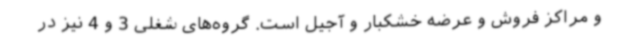
و مراکز فروش و عرضه خشکبار و آجیل است. گروه‌های شغلی 3 و 4 نیز در